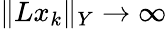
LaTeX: \| Lx_{k}\| _{Y}\rightarrow\infty